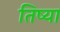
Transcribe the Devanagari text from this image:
तिष्या